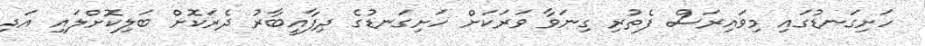
ހަށިގަނޑުގައި މިވައިރަސް ފެތުރި ގިނަވާ ވަރަކަށް ހަށިގަނޑުގެ ދިފާއީބާރު ދެރަކޮށް ބަލިކޮށްލައި އަދި